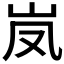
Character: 𮱦